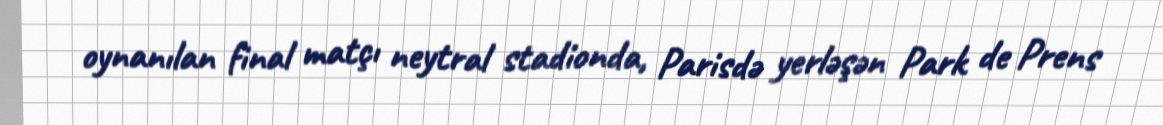
oynanılan final matçı neytral stadionda, Parisdə yerləşən Park de Prens